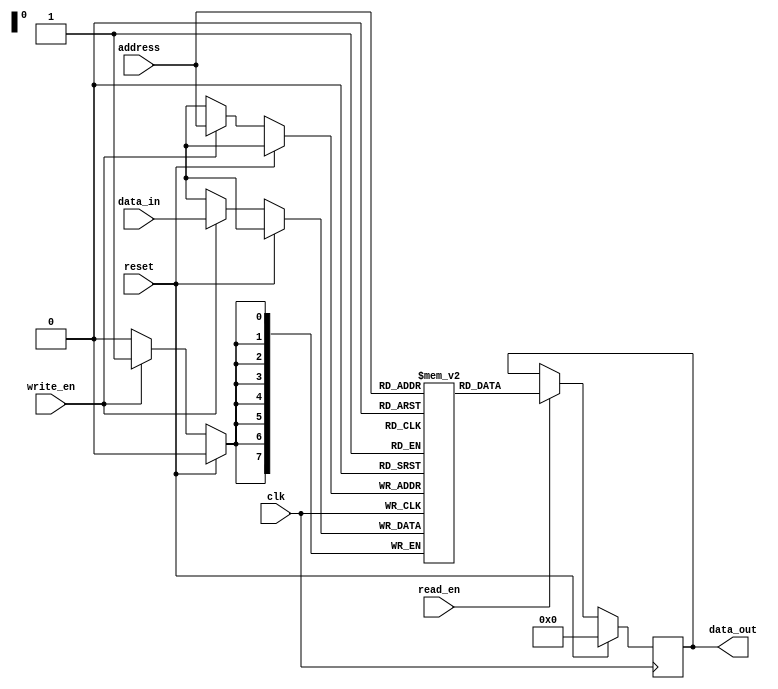
module SRAM (
  input wire clk,
  input wire reset,
  input wire write_en,
  input wire read_en,
  input wire [7:0] address,
  input wire [7:0] data_in,
  output reg [7:0] data_out
);

reg [7:0] memory [0:255];

always @(posedge clk) begin
  if (reset) begin
    data_out <= 8'b0;
  end else begin
    if (write_en) begin
      memory[address] <= data_in;
    end
    if (read_en) begin
      data_out <= memory[address];
    end
  end
end

endmodule